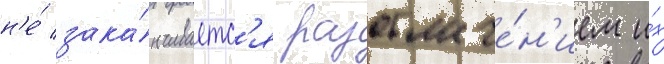
н'е́ зака́нчиваетс'я разоблаче́н'ием и́х